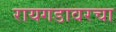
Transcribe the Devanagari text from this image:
रायगडावरचा